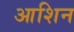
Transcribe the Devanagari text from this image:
आशिन